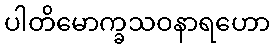
ပါတိမောက္ခသဝနာရဟော